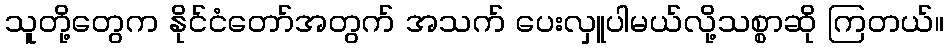
သူတို့တွေက နိုင်ငံတော်အတွက် အသက် ပေးလှူပါမယ်လို့သစ္စာဆို ကြတယ်။